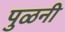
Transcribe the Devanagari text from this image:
पुळनी